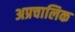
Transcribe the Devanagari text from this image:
अप्रचालिक